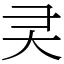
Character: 㚑